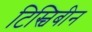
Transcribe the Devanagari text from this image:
टिस्चिबीन